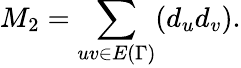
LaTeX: M_{2}=\sum_{uv\in E{(\Gamma)}}(d_{u}d_{v}).